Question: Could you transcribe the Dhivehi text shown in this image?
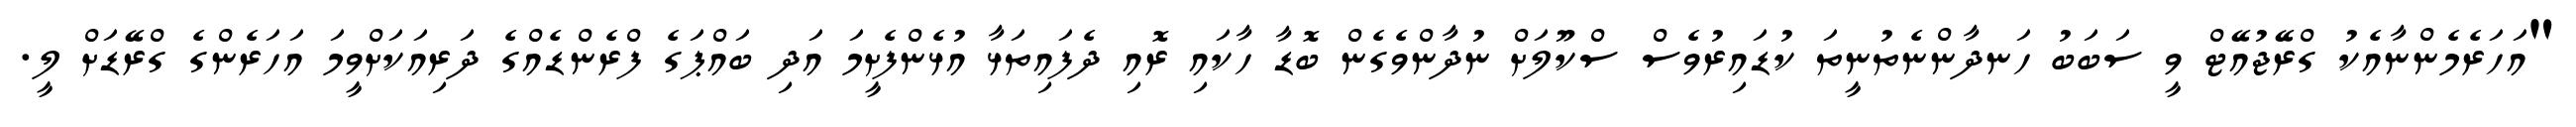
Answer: "އަހަރެމެންނާއެކު ގްރޭޖުއޭޓް ވީ ސަބަބު ހަނދާންނެތުނީތަ ކުޑައިރުވެސް ސްކޫލަށް ނުދާންވެގެން ބޮޑާ ހާކައި ރޮއި ދެފައިތަޅާ އުޅެންފެށީމަ އަދި ބައްޕަގެ ފްރެންޑެއްގެ ދަރިއަކަށްވީމަ އަހަރެންގެ ގްރޭޑަށް ލީ.